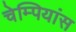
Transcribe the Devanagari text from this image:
चेम्पियांस